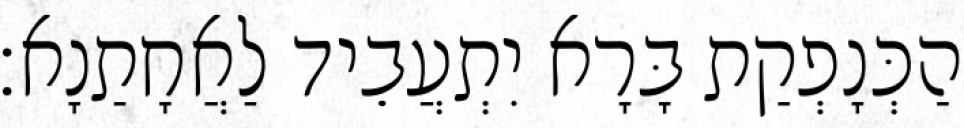
הַכְּנָפְקַת בָּרָא יִתְעֲבֵיד לַאֲחָתַנָא׃